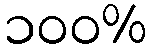
၁၀၀%